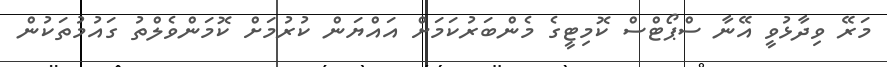
މަރޭ ވިދާޅުވީ އޭނާ ސްޕޯޓްސް ކޮމިޓީގެ މެންބަރުކަމަށް އައްޔަން ކުރުމަށް ކޮމަންވެލްތު ގައުމުތަކުން